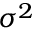
{ \sigma ^ { 2 } } \,